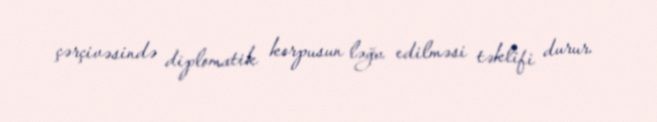
çərçivəsində diplomatik korpusun ləğv edilməsi təklifi durur.